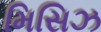
મિસિઝ